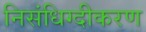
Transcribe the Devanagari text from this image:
निसंधिग्दीकरण